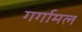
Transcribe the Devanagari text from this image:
गर्गामल